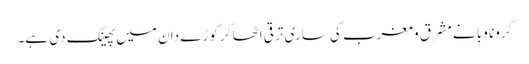
کرونا وَبا نے مشرق و مغرب کی ساری ترقی اٹھا کر کوڑے دان میں پھینک دی ہے۔